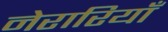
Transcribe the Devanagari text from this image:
नेरारियाँ